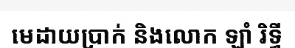
មេដាយប្រាក់ និងលោក ឡាំ រិទ្ធី